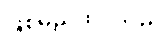
ဖြစ်မည်ထင်သည်